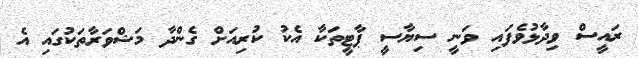
ރައީސް ވިދާޅުވެފައި ވަނީ ސިޔާސީ ޕާޓީތަކާ އެކު ކުރިއަށް ގެންދާ މަޝްވަރާތަކުގައި އެ